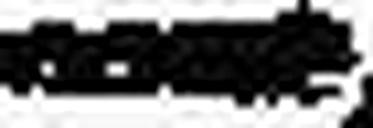
—.—